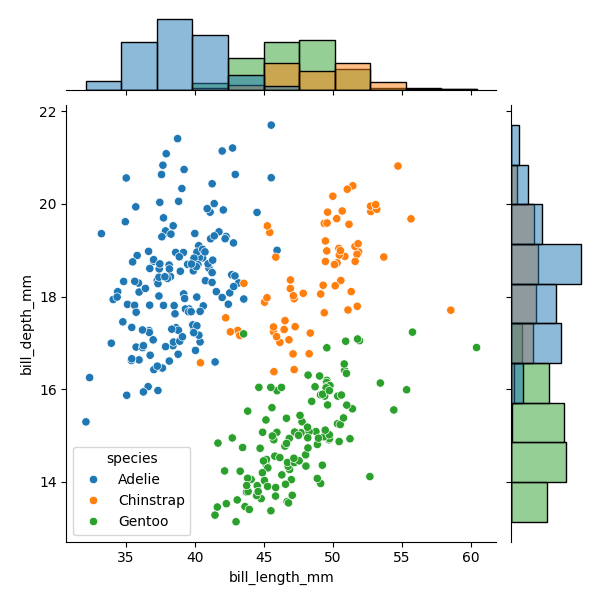
python, seaborn, JointGrid, scatterplot, histplot, hue